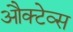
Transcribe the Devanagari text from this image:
औक्टेव्स